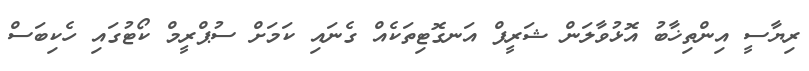
ރިޔާސީ އިންތިޚާބު އޮޅުވާލަން ޝަރީފް އަނގޮޓިތަކެއް ގެނައި ކަމަށް ސުޕްރީމް ކޯޓުގައި ހެކިބަސް